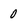
Character: 0